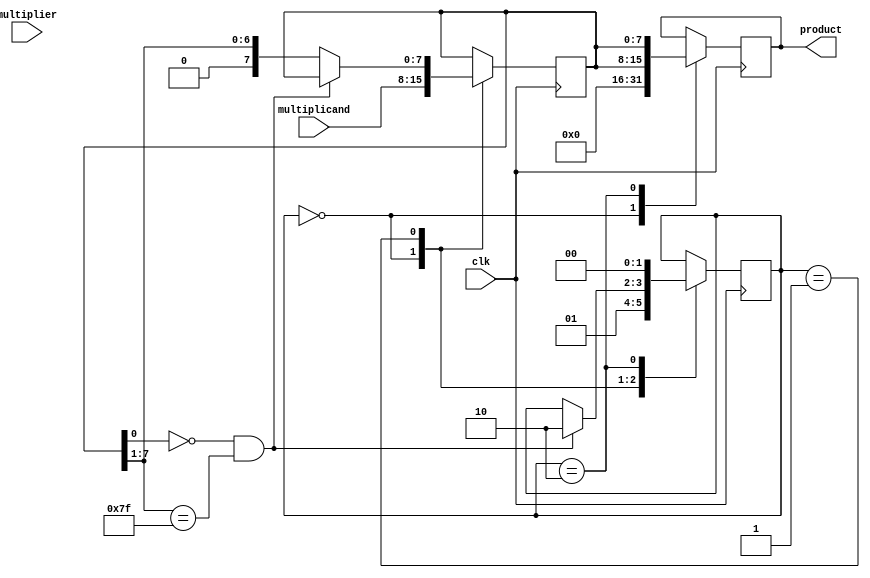
module booth_multiplier (
    input [7:0] multiplicand,
    input [7:0] multiplier,
    input clk,
    output reg [15:0] product
);

reg [7:0] A, S;
reg [1:0] counter;
reg [1:0] state;

always @ (posedge clk) begin
    case (state)
        2'b00: begin // Initialization state
            A <= multiplier;
            S <= multiplicand;
            counter <= 2'b00;
            product <= 16'b0;
            state <= 2'b01;
        end
        2'b01: begin // Booth Encoding state
            if (S[0] == 0 && S[7:1] == 7'b1111111) begin
                state <= 2'b10;
            end else begin
                if (S[0:1] == 2'b01)
                    S <= S + A;
                else if (S[0:1] == 2'b10)
                    S <= S - A;
                S <= S >> 1;
                counter <= counter + 2'b01;
            end
        end
        2'b10: begin // Final state
            product <= {S[7:0], S};
            state <= 2'b00;
        end
    endcase
end

endmodule